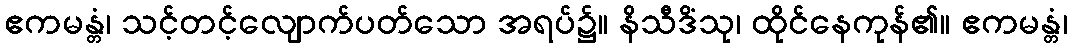
ဧကမန္တံ၊ သင့်တင့်လျောက်ပတ်သော အရပ်၌။ နိသီဒိံသု၊ ထိုင်နေကုန်၏။ ဧကမန္တံ၊